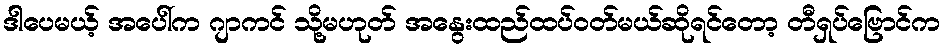
ဒါပေမယ့် အပေါ်က ဂျာကင် သို့မဟုတ် အနွေးထည်ထပ်ဝတ်မယ်ဆိုရင်တော့ တီရှပ်ဗြောင်က